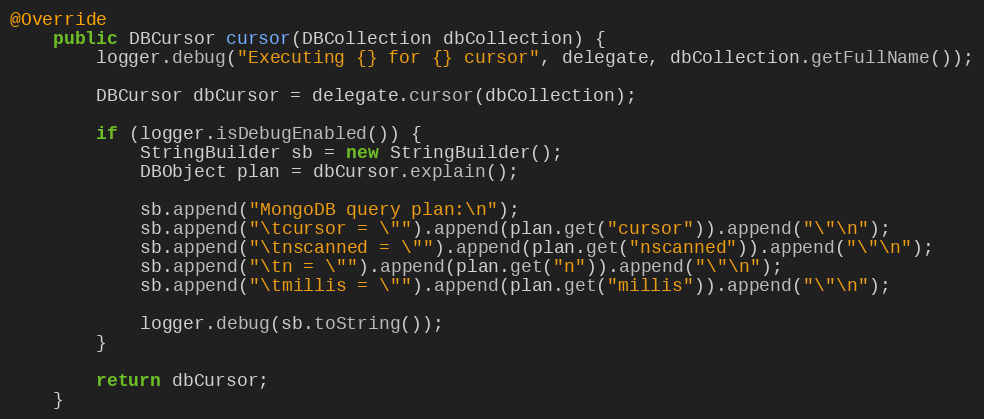
Language: Java
@Override
    public DBCursor cursor(DBCollection dbCollection) {
        logger.debug("Executing {} for {} cursor", delegate, dbCollection.getFullName());

        DBCursor dbCursor = delegate.cursor(dbCollection);

        if (logger.isDebugEnabled()) {
            StringBuilder sb = new StringBuilder();
            DBObject plan = dbCursor.explain();

            sb.append("MongoDB query plan:\n");
            sb.append("\tcursor = \"").append(plan.get("cursor")).append("\"\n");
            sb.append("\tnscanned = \"").append(plan.get("nscanned")).append("\"\n");
            sb.append("\tn = \"").append(plan.get("n")).append("\"\n");
            sb.append("\tmillis = \"").append(plan.get("millis")).append("\"\n");

            logger.debug(sb.toString());
        }

        return dbCursor;
    }